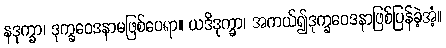
နဒုက္ခာ၊ ဒုက္ခဝေဒနာမဖြစ်ပေရာ။ ယဒိဒုက္ခာ၊ အကယ်၍ဒုက္ခဝေဒနာဖြစ်ပြန်ခဲ့အံ့။